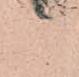
日